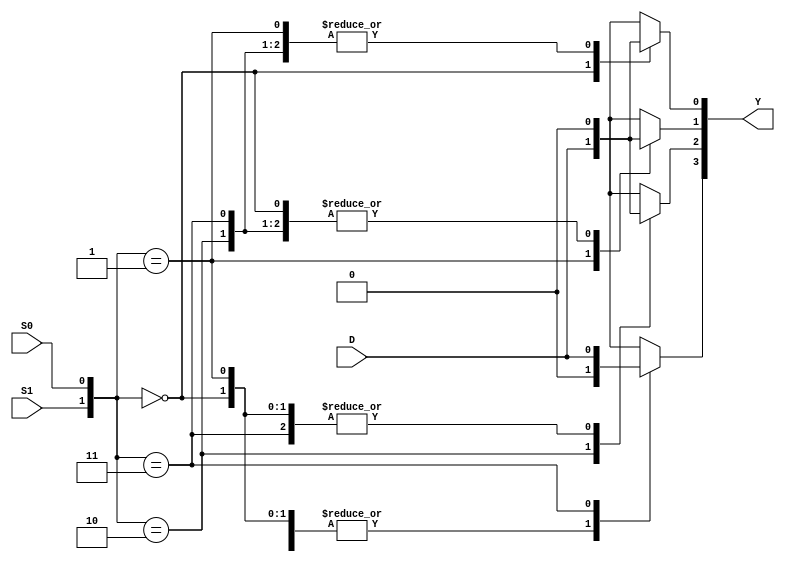
module one_to_four_demux (D, S0, S1, Y);

	input D, S1, S0;
	output reg [3:0]Y;

	always@(S1,S0) begin
		case ({S1,S0})
		2'b00: begin 
		 	   Y[3]=0;
		 	   Y[2]=0;
		 	   Y[1]=0;
		 	   Y[0]=D;
		 	   end
		2'b01: begin 
		 	   Y[3]=0;
		 	   Y[2]=0;
		 	   Y[1]=D;
		 	   Y[0]=0;
		 	   end
		2'b10: begin 
		 	   Y[3]=0;
		 	   Y[2]=D;
		 	   Y[1]=0;
		 	   Y[0]=0;
		 	   end
		2'b11: begin 
		 	   Y[3]=D;
		 	   Y[2]=0;
		 	   Y[1]=0;
		 	   Y[0]=0;
		 	   end
		default: Y = 0;
		endcase
	end

endmodule